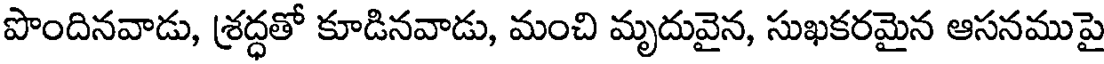
పొందినవాడు, శ్రద్ధతో కూడినవాడు, మంచి మృదువైన, సుఖకరమైన ఆసనముపై